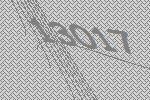
13017